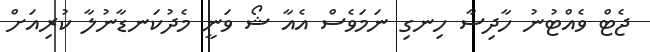
ޖެޓް ވެއްޓުނު ހާދިސާ ހިނގި ނަމަވެސް އެއާ ޝޯ ވަނީ މެދުކަނޑާނުލާ ކުރިއަށް